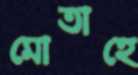
মোতাহে